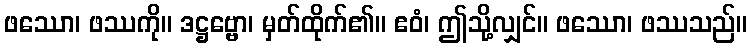
ဖဿော၊ ဖဿကို။ ဒဋ္ဌဗ္ဗော၊ မှတ်ထိုက်၏။ ဧဝံ၊ ဤသို့လျှင်။ ဖဿော၊ ဖဿသည်။